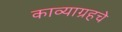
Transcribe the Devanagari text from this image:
काव्याग्रहचे